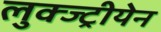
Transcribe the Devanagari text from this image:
लुक्ज्ट्रीयेन